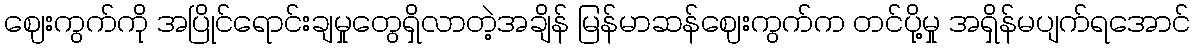
ဈေးကွက်ကို အပြိုင်ရောင်းချမှုတွေရှိလာတဲ့အချိန် မြန်မာဆန်ဈေးကွက်က တင်ပို့မှု အရှိန်မပျက်ရအောင်